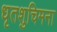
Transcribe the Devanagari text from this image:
धृतशुचिमना